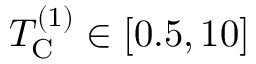
T _ { \mathrm { C } } ^ { ( 1 ) } \in [ 0 . 5 , 1 0 ]